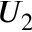
U _ { 2 }